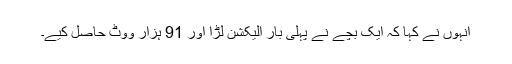
انہوں نے کہا کہ ایک بچے نے پہلی بار الیکشن لڑا اور 91 ہزار ووٹ حاصل کیے۔